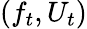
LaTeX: (f_{t},U_{t})